NAE_kihelkonnakohtute_kirjad_ja_protokollid_1869-1889, lk 5
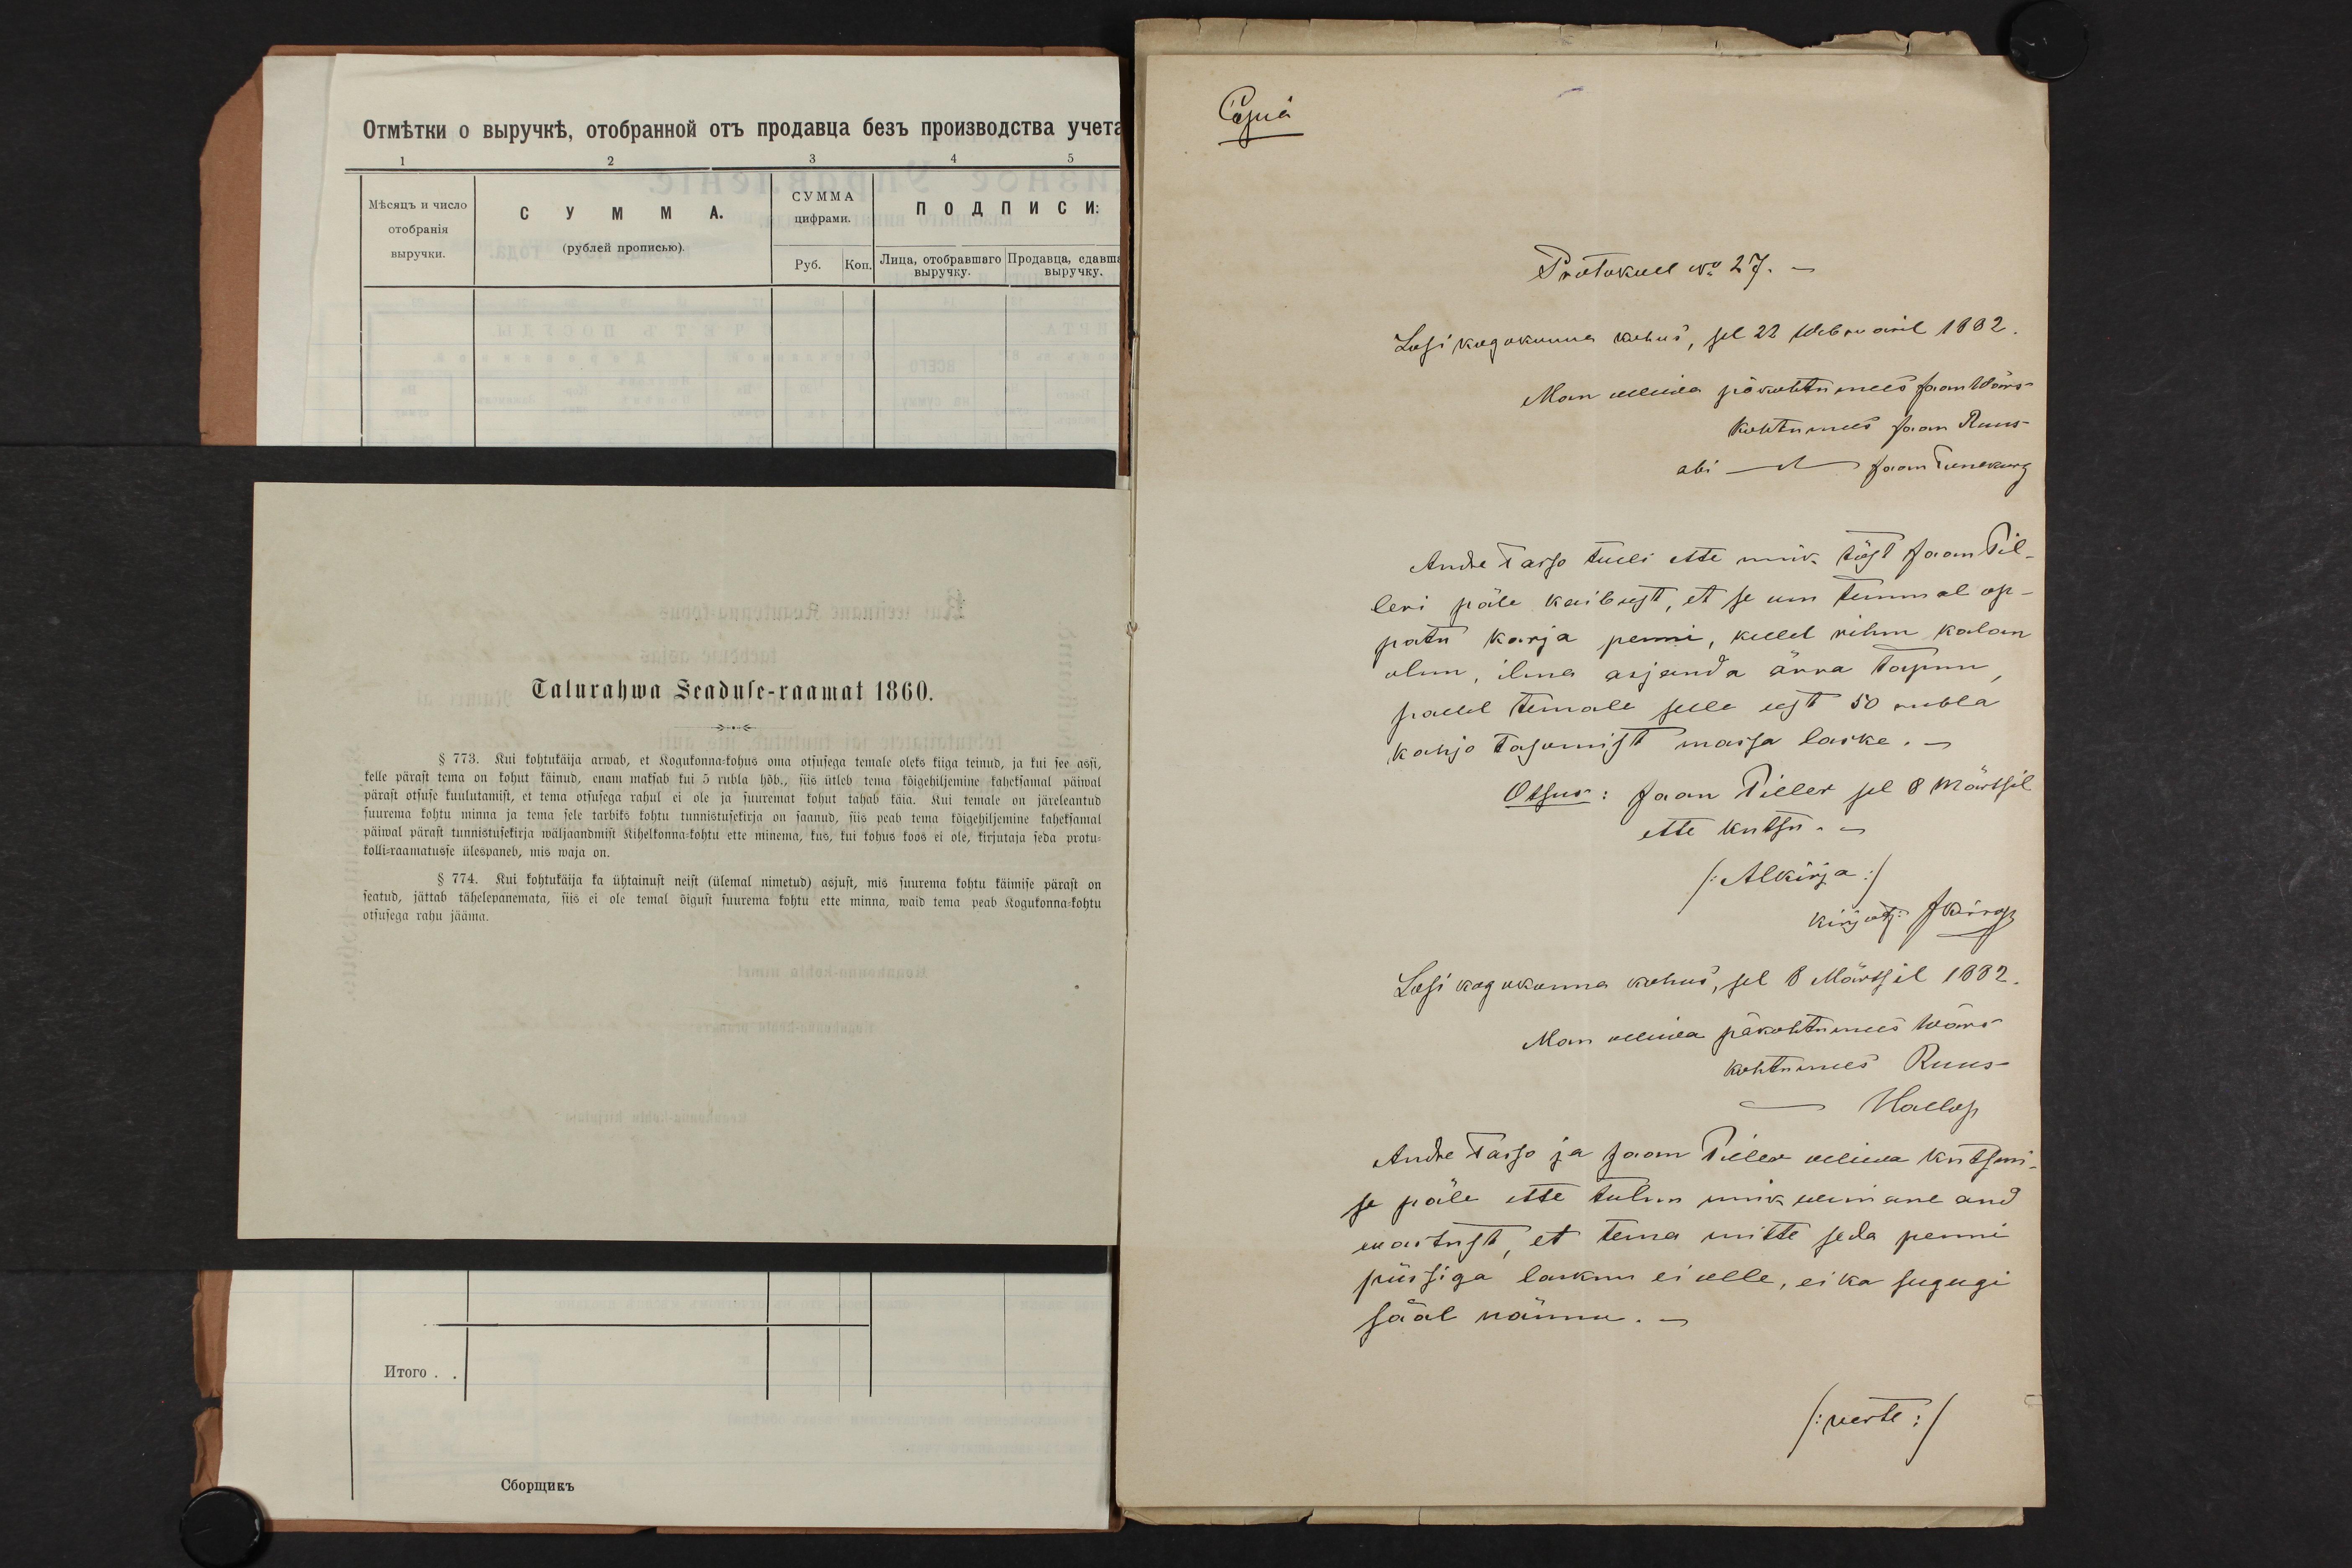
Copia

Protokull no 27.
Losi kogokunna kohus, sel 22 Webruaril 1882.
Man olliwa päkohtumees Joomhlõms-
Andre Tasso tuli ette nink tõst Jaan Pil-
leri päle kaibust, et se um temmal op-
patu karja penni, kellel rihm kalan
olun, ilma asjanda arra tapnu
paelel temale selle eest 50 rubla
kahjo tasumist massa laske. -
Otsus: Jaan Piller sel 8 Märtsil
ette kutsu--
/Alkirja/
Losi kogukonna kohus, sel 8 Märtsil 1882.
Man olliwa päkohtumees hoowi-
Andre Tasso ja Jaan Piller olliwa kutsumi-
se päle ette tulni nink wimane and
moistust, et tema mitte seda penni
püssiga lasknu ei olle, ei ka sugugi
sääl nännu. -